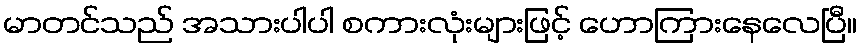
မာတင်သည် အသားပါပါ စကားလုံးများဖြင့် ဟောကြားနေလေပြီ။